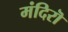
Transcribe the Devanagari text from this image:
मंदिरॊ